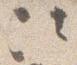
次